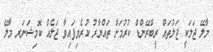
މާލޭ ޖަލަކީ ޖަލުތައް ރީބްރޭންޑް ކުރުމަށް ތައްޔާރު ކުރެވިފައިވާ ޖަލެއް ކޮމިޝަނަރ މާލޭ